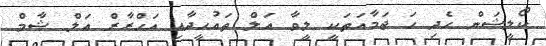
ކޯލީޝަން ހެދި ހަ ޖަމާއަތަކީ ލީވާ އަލް ތައުހީދާއި އަހްރާރް އަލް ޝާމް